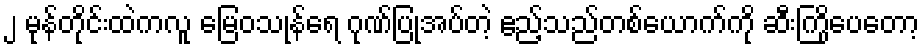
၂ မုန်တိုင်းထဲကလူ မြေဝသုန်ရေ ဂုဏ်ပြုအပ်တဲ့ ဧည့်သည်တစ်ယောက်ကို ဆီးကြိုပေတော့